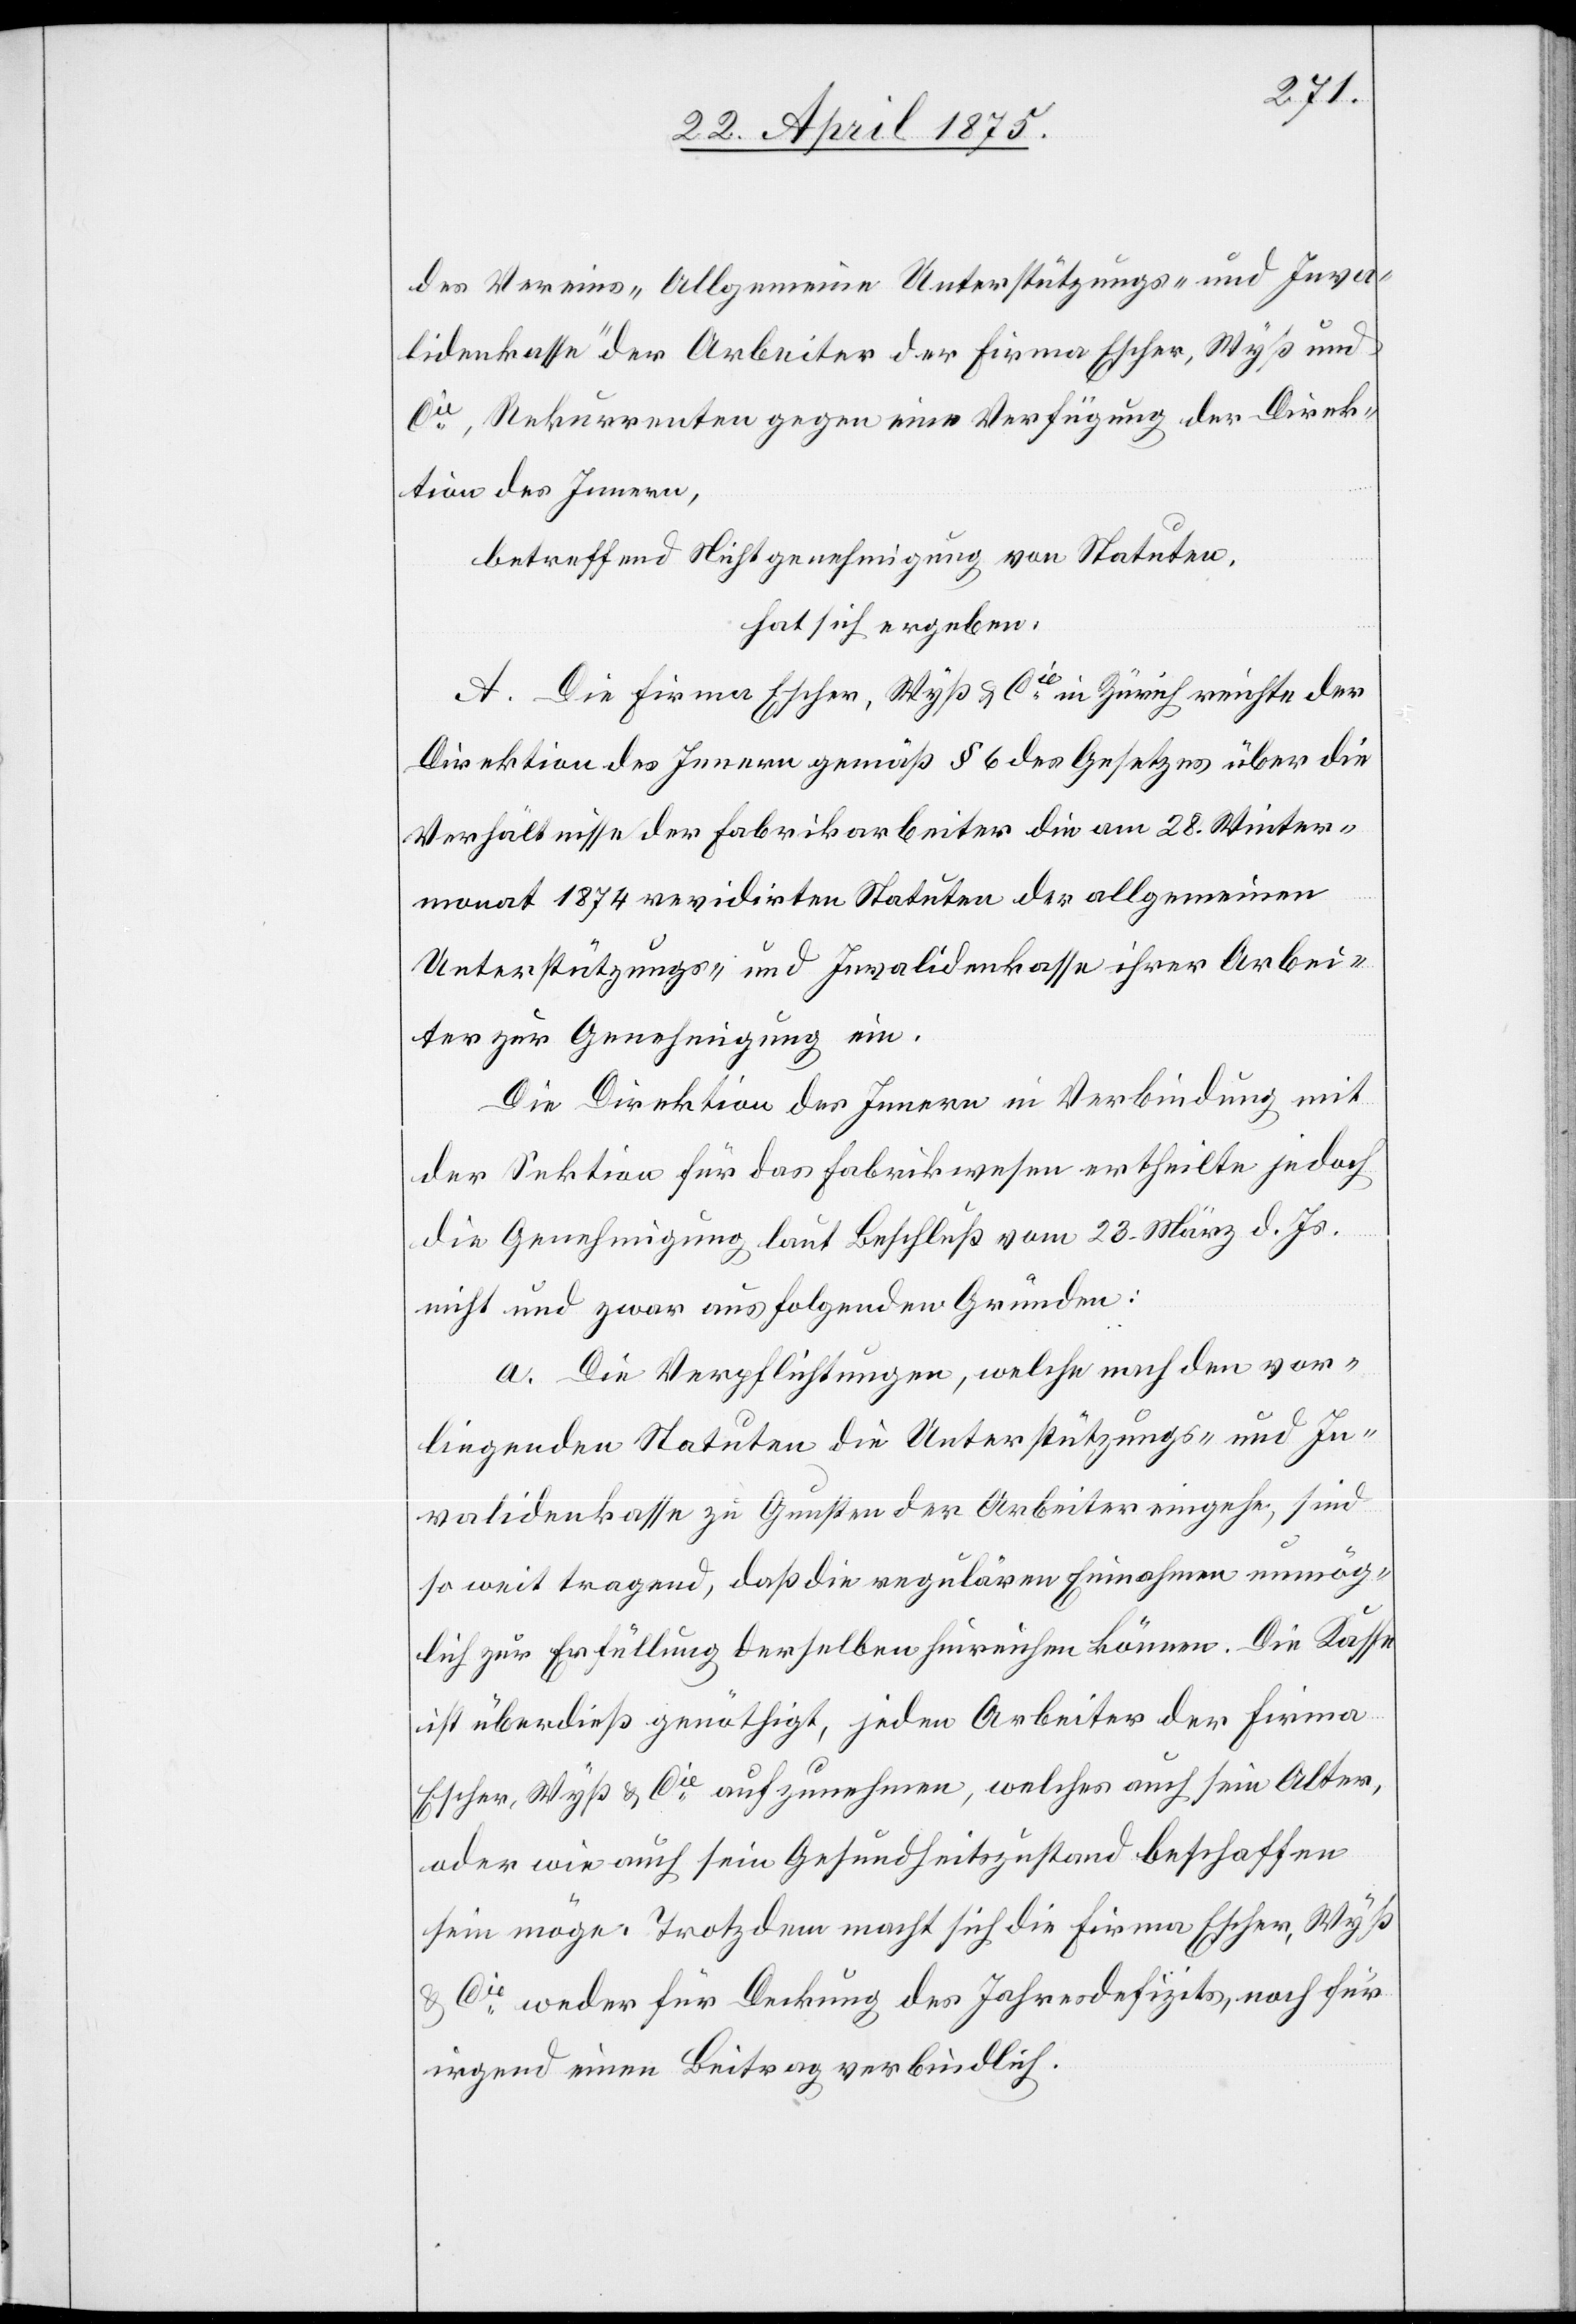
des Vereins „Allgemeine Unterstützungs- und Inva¬
lidenkasse“ der Arbeiter der Firma Escher, Wyß und
Cie, Rekurrenten gegen eine Verfügung der Direk¬
tion des Innern,
betreffend Nichtgenehmigung von Statuen,
hat sich ergeben:
A. Die Firma Escher, Wyß & Cie in Zürich richte der
Direktion des Innern gemäß § 6 des Gesetzes über die
Verhältnisse der Fabrikarbeiter die am 28. Winter¬
monat 1874 revidirten Statuten der allgemeinen
Unterstützungs- und Invalidenkasse ihrer Arbei¬
ter zur Genehmigung ein.
Die Direktion des Innern in Verbindung mit
der Sektion für das Fabrikwesen ertheile jedoch
die Genehmigung laut Beschluß vom 28. März d. Js.
nicht und zwar aus folgenden Gründen:
a. Die Verpflichtungen, welche nach den vor¬
liegenden Statuten die Unterstützungs- und In¬
validenkasse zu Gunsten der Arbeiter eingehe, sind
so weit tragend, daß die regulären Einnahmen unmög¬
lich zur Erfüllung derselben hinreichen können. Die Kasse
ist überdieß genöthigt, jeden Arbeiter der Firma
Escher, Wyß & Cie aufzunehmen, welches auch sein Alter
oder wie auch sein Gesundheitszustand beschaffen
sein möge. Trotz dem macht sich die Firma Escher, Wyß
& Cie weder für Deckung des Jahresdefizits, noch für
irgend einen Beitrag verbindlich.